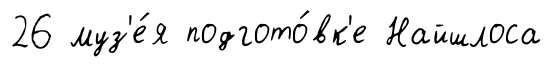
26 муз'е́я подгото́вк'е Найшлоса